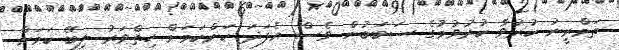
ތަމްރީނު ކުރުވާ ކުރުވުމުގެ ސަބަބުން ވެސް އެފަދަ ކަންކަމަށް ހިތްވަރު ލިބޭ ކަމަށް